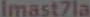
Imast7la